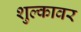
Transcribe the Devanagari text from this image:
शुल्कावर